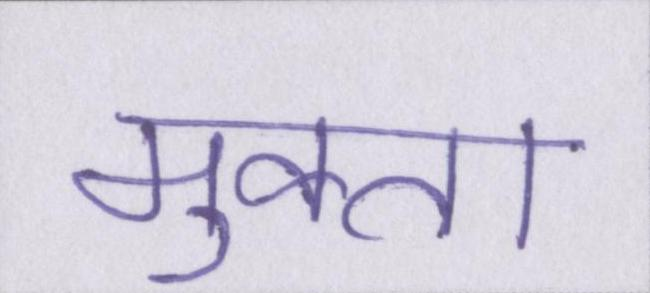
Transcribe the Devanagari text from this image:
मुक्ता